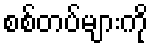
စစ်တပ်များကို